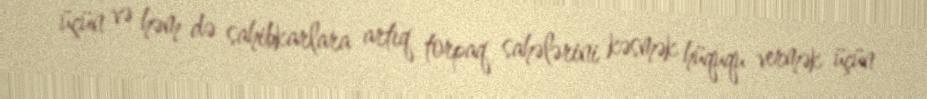
üçün və həm də sahibkarlara artıq torpaq sahələrini kəsmək hüququ vermək üçün